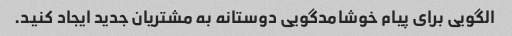
الگویی برای پیام خوشامدگویی دوستانه به مشتریان جدید ایجاد کنید.